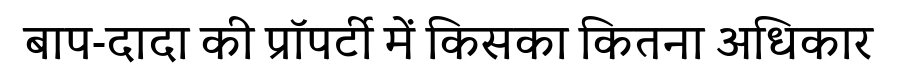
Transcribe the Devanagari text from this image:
बाप-दादा की प्रॉपर्टी में किसका कितना अधिकार